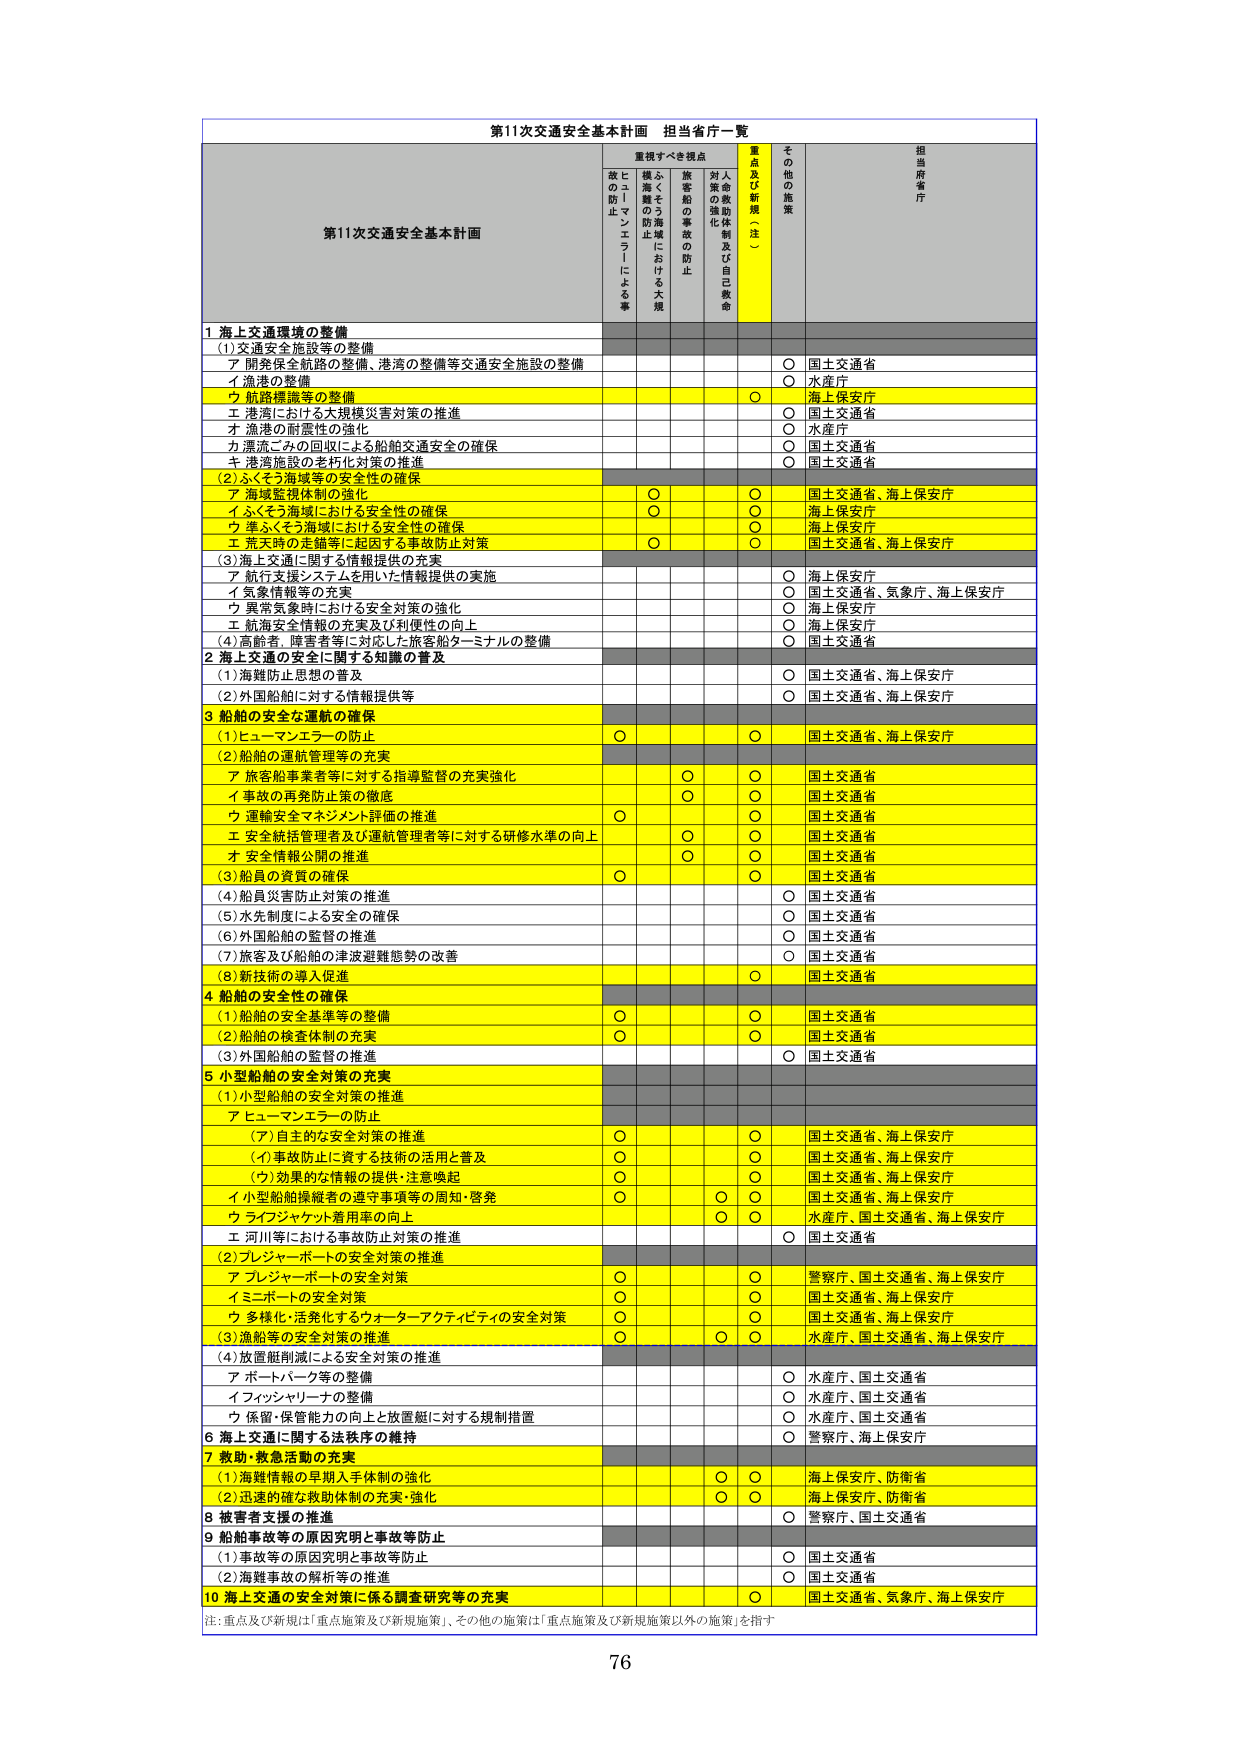
第11次交通安全基本計画 担当省庁一覧

第11次交通安全基本計画

重視すべき視点
重点及び新規（～注～）
その他の施策
担当関係省庁

ヒューマンエラーによる事故の防止
横断歩道等における大規模な事故の防止
旅船の事故の防止
対人事故の強化体制及び自己救命

1 海上交通環境の整備
(1)交通安全施設等の整備
ア 開発保全航路の整備、港湾の整備等交通安全施設の整備
○ 国土交通省
イ 漁港の整備
○ 水産庁
ウ 航路標識等の整備
○ 海上保安庁
エ 港湾における大規模災害対策の推進
○ 国土交通省
オ 漁港の耐震性の強化
○ 水産庁
カ 漂流ごみの回収による船舶交通安全の確保
○ 国土交通省
キ 港湾施設の老朽化対策の推進
○ 国土交通省
(2)ふくそう海域等の安全性の確保
ア 海域監視体制の強化
○ ○ 国土交通省、海上保安庁
イ ふくそう海域における安全性の確保
○ 海上保安庁
ウ 準ふくそう海域における安全性の確保
○ 海上保安庁
エ 荒天時の走錨等に起因する事故防止対策
○ ○ 国土交通省、海上保安庁
(3)海上交通に関する情報提供の充実
ア 航行支援システムを用いた情報提供の実施
○ 海上保安庁
イ 気象情報等の充実
○ 国土交通省、気象庁、海上保安庁
ウ 異常気象時における安全対策の強化
○ 海上保安庁
エ 航海安全情報の充実及び利便性の向上
○ 海上保安庁
(4)高齢者、障害者等に対応した旅客船ターミナルの整備
○ 国土交通省

2 海上交通の安全に関する知識の普及
(1)海難防止思想の普及
○ 国土交通省、海上保安庁
(2)外国船舶に対する情報提供等
○ 国土交通省、海上保安庁

3 船舶の安全な運航の確保
(1)ヒューマンエラーの防止
○ ○ 国土交通省、海上保安庁
(2)船舶の運航管理等の充実
ア 旅客船事業者等に対する指導監督の充実強化
○ ○ 国土交通省
イ 事故の再発防止策の徹底
○ ○ 国土交通省
ウ 運輸安全マネジメント評価の推進
○ ○ 国土交通省
エ 安全統括管理者及び運航管理者等に対する研修水準の向上
○ ○ 国土交通省
オ 安全情報公開の推進
○ ○ 国土交通省
(3)船員の資質の確保
○ ○ 国土交通省
(4)船員災害防止対策の推進
○ 国土交通省
(5)水先制度による安全の確保
○ 国土交通省
(6)外国船舶の監督の推進
○ 国土交通省
(7)旅客及び船舶の津波避難態勢の改善
○ 国土交通省
(8)新技術の導入促進
○ 国土交通省

4 船舶の安全性の確保
(1)船舶の安全基準等の整備
○ ○ 国土交通省
(2)船舶の検査体制の充実
○ ○ 国土交通省
(3)外国船舶の監督の推進
○ 国土交通省

5 小型船舶の安全対策の充実
(1)小型船舶の安全対策の推進
ア ヒューマンエラーの防止
(ア)自主的な安全対策の推進
○ ○ 国土交通省、海上保安庁
(イ)事故防止に資する技術の活用と普及
○ ○ 国土交通省、海上保安庁
(ウ)効果的な情報の提供・注意喚起
○ ○ 国土交通省、海上保安庁
イ 小型船舶操縦者の遵守事項等の周知・啓発
○ ○ ○ 国土交通省、海上保安庁
ウ ライフジャケット着用率の向上
○ ○ 水産庁、国土交通省、海上保安庁
エ 河川等における事故防止対策の推進
○ 国土交通省
(2)プレジャーボートの安全対策の推進
ア プレジャーボートの安全対策
○ ○ 警察庁、国土交通省、海上保安庁
イ ミニボートの安全対策
○ ○ 国土交通省、海上保安庁
ウ 多様化・活発化するウォーターアクティビティの安全対策
○ ○ 国土交通省、海上保安庁
(3)漁船等の安全対策の推進
○ ○ 水産庁、国土交通省、海上保安庁
(4)放置艇削減による安全対策の推進
ア ボートパーク等の整備
○ 水産庁、国土交通省
イ フィッシャリーナの整備
○ 水産庁、国土交通省
ウ 係留・保管能力の向上と放置艇に対する規制措置
○ 水産庁、国土交通省

6 海上交通に関する法秩序の維持
○ 警察庁、海上保安庁

7 救助・救急活動の充実
(1)海難情報の早期入手体制の強化
○ ○ 海上保安庁、防衛省
(2)迅速的確な救助体制の充実・強化
○ ○ 海上保安庁、防衛省

8 被害者支援の推進
○ 警察庁、国土交通省

9 船舶事故等の原因究明と事故等防止
(1)事故等の原因究明と事故等防止
○ 国土交通省
(2)海難事故の解析等の推進
○ 国土交通省

10 海上交通の安全対策に係る調査研究等の充実
○ 国土交通省、気象庁、海上保安庁

注：重点及び新規は「重点施策及び新規施策」、その他の施策は「重点施策及び新規施策以外の施策」を指す

76